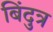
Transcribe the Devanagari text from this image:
बिंदुत्र